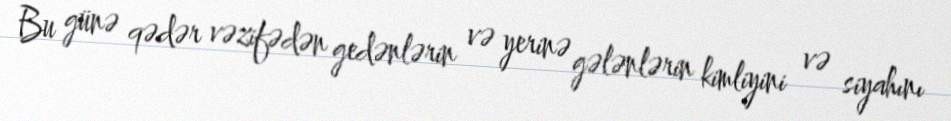
Bu günə qədər vəzifədən gedənlərin və yerinə gələnlərin kimliyini və siyahını